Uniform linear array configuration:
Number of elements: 32
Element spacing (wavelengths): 0.75
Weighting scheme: kaiser
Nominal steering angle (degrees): -60
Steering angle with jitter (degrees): -60.192
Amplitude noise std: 0.05
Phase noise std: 0.05

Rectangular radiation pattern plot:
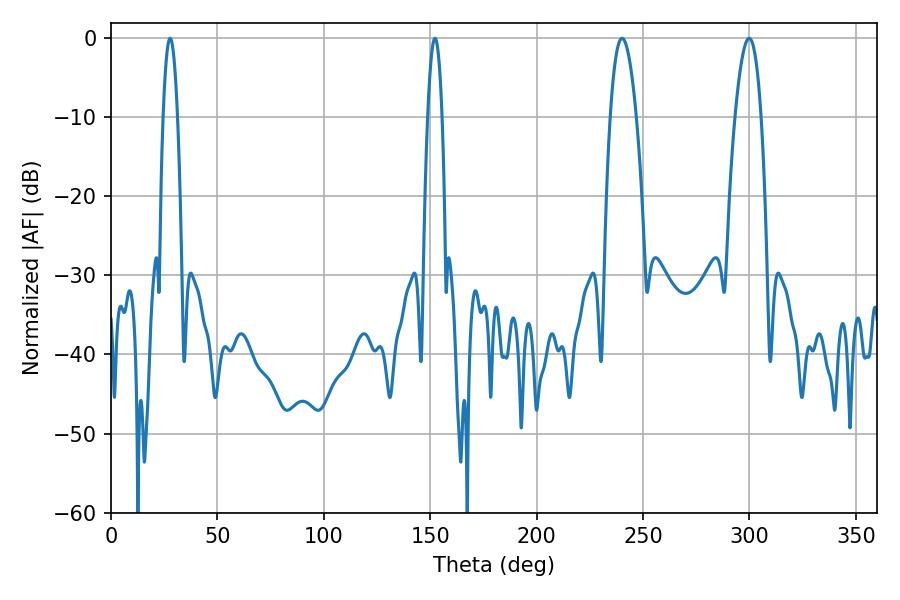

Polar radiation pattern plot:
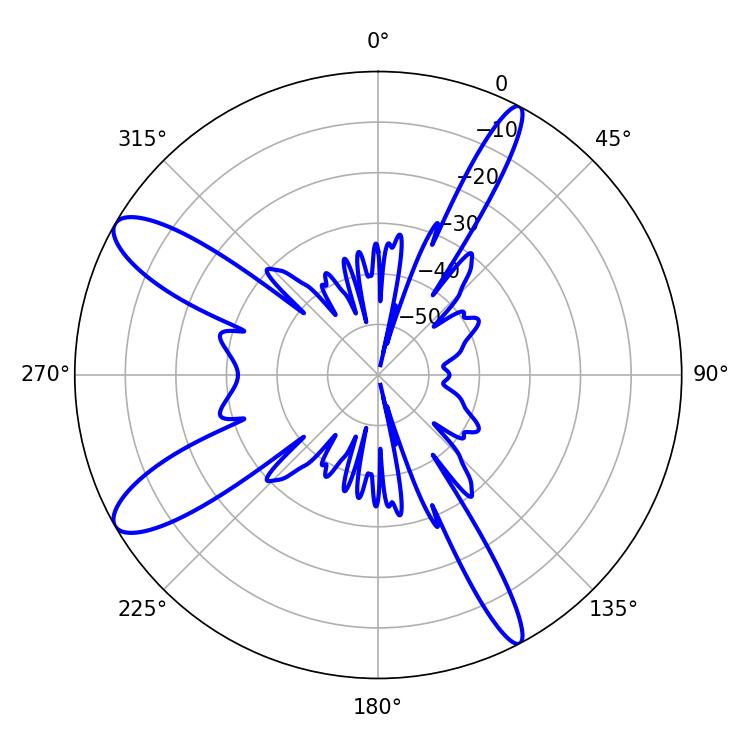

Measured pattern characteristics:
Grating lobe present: TRUE
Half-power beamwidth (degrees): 6.84
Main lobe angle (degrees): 240.12